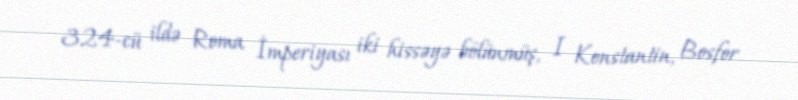
324-cü ildə Roma İmperiyası iki hissəyə bölünmüş, I Konstantin, Bosfor